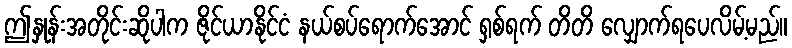
ဤနှုန်းအတိုင်းဆိုပါက ဇိုင်ယာနိုင်ငံ နယ်စပ်ရောက်အောင် ရှစ်ရက် တိတိ လျှောက်ရပေလိမ့်မည်။